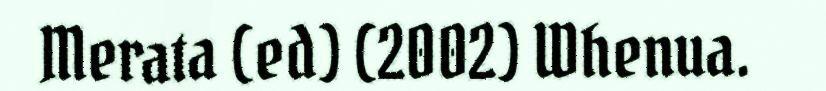
Merata (ed) (2002) Whenua.